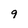
Character: 9